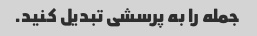
جمله را به پرسشی تبدیل کنید.